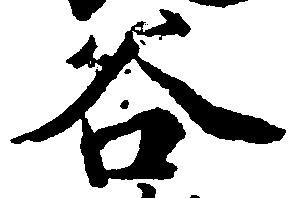
谷